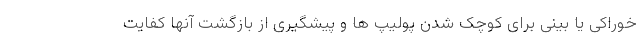
خوراکی یا بینی برای کوچک شدن پولیپ ها و پیشگیری از بازگشت آنها کفایت